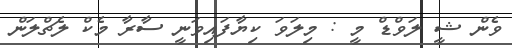
ވެން ޝީ ލަވްޑް މީ : މިލަވަ ކިޔާފައިވަނީ ސާރާ މެކް ލެޗްލަން